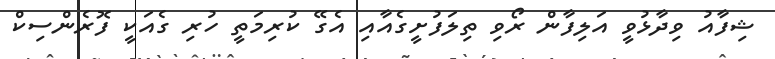
ޝިފާއު ވިދާޅުވީ އަލިފާން ރޯވި ތިލަފުށީގެއާއި އެގޭ ކުރިމަތީ ހުރި ގެއަކީ ފޮރެންސިކް